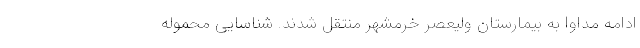
ادامه مداوا به بیمارستان ولیعصر خرمشهر منتقل شدند. شناسایی محموله